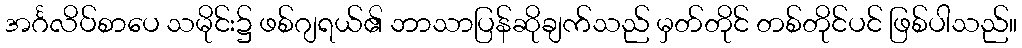
အင်္ဂလိပ်စာပေ သမိုင်း၌ ဖစ်ဂျရယ်၏ ဘာသာပြန်ဆိုချက်သည် မှတ်တိုင် တစ်တိုင်ပင် ဖြစ်ပါသည်။